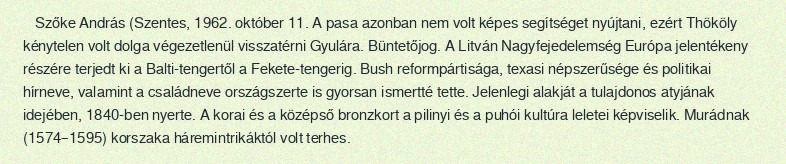
Szőke András (Szentes, 1962. október 11. A pasa azonban nem volt képes segítséget nyújtani, ezért Thököly kénytelen volt dolga végezetlenül visszatérni Gyulára. Büntetőjog. A Litván Nagyfejedelemség Európa jelentékeny részére terjedt ki a Balti-tengertől a Fekete-tengerig. Bush reformpártisága, texasi népszerűsége és politikai hírneve, valamint a családneve országszerte is gyorsan ismertté tette. Jelenlegi alakját a tulajdonos atyjának idejében, 1840-ben nyerte. A korai és a középső bronzkort a pilinyi és a puhói kultúra leletei képviselik. Murádnak (1574–1595) korszaka háremintrikáktól volt terhes.